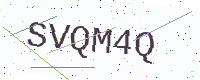
Text: SVQM4Q